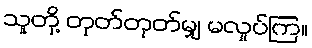
သူတို့ တုတ်တုတ်မျှ မလှုပ်ကြ။